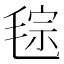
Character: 𣮤